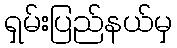
ရှမ်းပြည်နယ်မှ